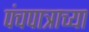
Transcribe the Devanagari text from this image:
पंचपात्राच्या